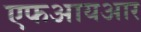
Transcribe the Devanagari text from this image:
एफआयआर